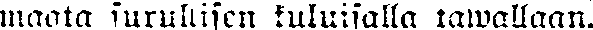
maata surullisen kuluisalla tawallaan.